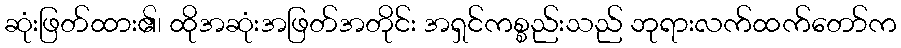
ဆုံးဖြတ်ထား၏၊ ထိုအဆုံးအဖြတ်အတိုင်း အရှင်ကစ္စည်းသည် ဘုရားလက်ထက်တော်က